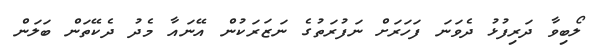
ލޯބިވާ ދަރިފުޅު ދެވަނަ ފަހަރަށް ނަފުރަތުގެ ނަޒަރަކުން އޭނައާ މެދު ދެކޭތަން ބަލަން